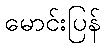
မောင်းပြန်